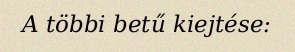
A többi betű kiejtése: